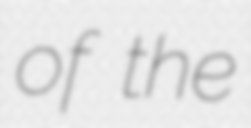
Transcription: of the